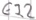
Text: E22